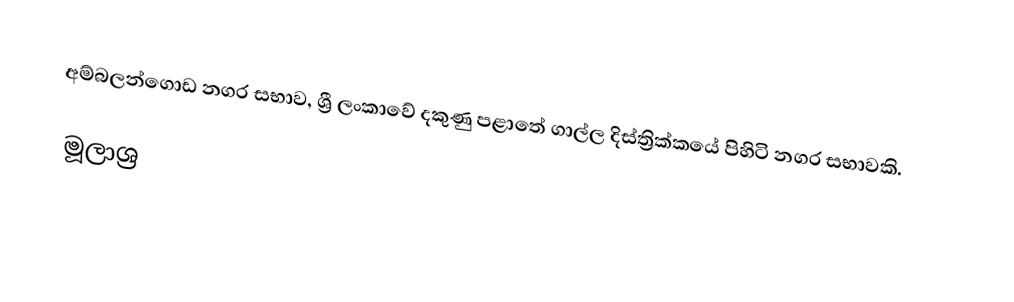
අම්බලන්ගොඩ නගර සභාව, ශ්‍රී ලංකාවේ දකුණු පළාතේ ගාල්ල දිස්ත්‍රික්කයේ පිහිටි නගර සභාවකි.

මූලාශ්‍ර